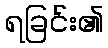
ရခြင်း၏